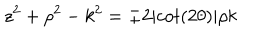
z ^ { 2 } + \rho ^ { 2 } - k ^ { 2 } = \pm 2 \vert c o t ( 2 \theta ) \vert \rho k